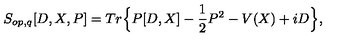
S _ { o p , q } [ D , X , P ] = T r \Big \{ P [ D , X ] - \frac { 1 } { 2 } P ^ { 2 } - V ( X ) + i D \Big \} ,